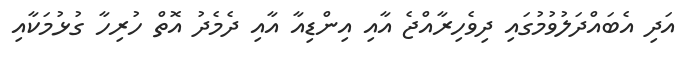
އަދި އެބައްދަލުވުމުގައި ދިވެހިރާއްޖެ އާއި އިންޑިއާ އާއި ދެމެދު އޮތް ހުރިހާ ގުޅުމަކާއި